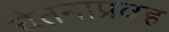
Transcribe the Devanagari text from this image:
चेतनाप्रवह